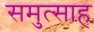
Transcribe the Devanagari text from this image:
समुत्साह